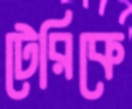
টেরিকে